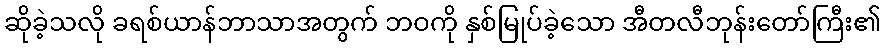
ဆိုခဲ့သလို ခရစ်ယာန်ဘာသာအတွက် ဘဝကို နှစ်မြုပ်ခဲ့သော အီတလီဘုန်းတော်ကြီး၏